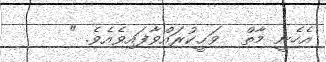
އެހެނީ މާތް  ވަޙީކުރައްވާފައިވެއެވެ. "